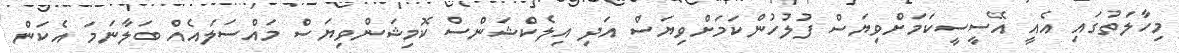
މިހާލަތުގައި އެއީ އޭސީސީކަމަށްވިޔަސް ފުލުހުންކަމަށްވިޔަސް އަދި އިލެކްޝަންސް ކޮމިޝަންވިޔަސް މައްސަލައެއް ބަލާނަމަ އެކަން